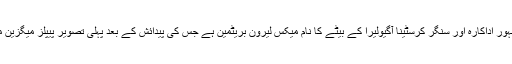
ہالی وڈ کی مشہور اداکارہ اور سنگر کرسٹینا آگیولیرا کے بیٹے کا نام میکس لیرون بریٹمین ہے جس کی پیدائش کے بعد پہلی تصویر پیپلز میگزین میں شایع ہوئی۔